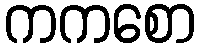
ကကစော